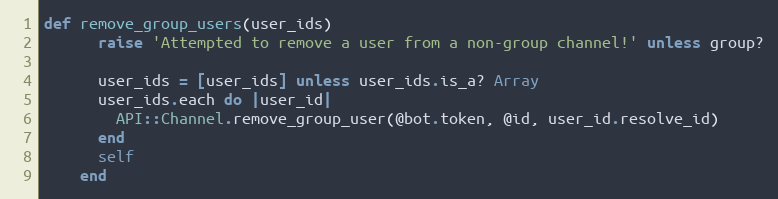
Language: Ruby
def remove_group_users(user_ids)
      raise 'Attempted to remove a user from a non-group channel!' unless group?

      user_ids = [user_ids] unless user_ids.is_a? Array
      user_ids.each do |user_id|
        API::Channel.remove_group_user(@bot.token, @id, user_id.resolve_id)
      end
      self
    end